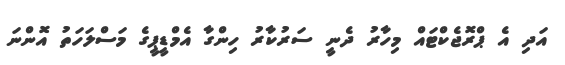
އަދި އެ ޕްރޮޖެކްޓައް މިހާރު ދެނީ ސަރުކާރު ހިންގާ އެމްޑީޕީގެ މަސްލަހަތު އޮންނަ